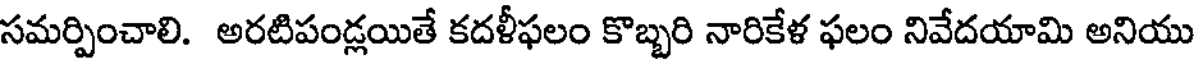
సమర్పించాలి. అరటిపండ్లయితే కదళీఫలం కొబ్బరి నారికేళ ఫలం నివేదయామి అనియు